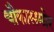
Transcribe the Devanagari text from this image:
चौकासमोर